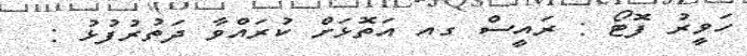
ހަވީރު ފޮޓޯ : ރައީސް ގއ އަތޮޅަށް ކުރައްވާ ދަތުރުފުޅު :